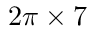
2 \pi \times 7